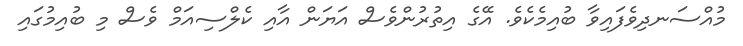
މުއްސަނދިވެފައިވާ ބުއިމެކެވެ. އޭގެ އިތުރުންވެސް އަޔަން އާއި ކެލްސިއަމް ވެސް މި ބުއިމުގައި